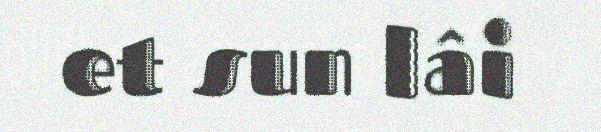
et sun lâi